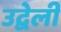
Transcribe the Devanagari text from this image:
उद्वेली